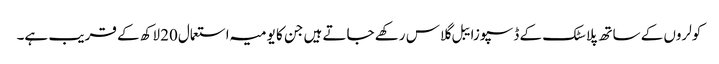
کولروں کے ساتھ پلاسٹک کے ڈسپوزایبل گلاس رکھے جاتے ہیں جن کا یومیہ استعمال20 لاکھ کے قریب ہے۔